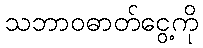
သဘာဝဓာတ်ငွေ့ကို